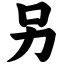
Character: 另